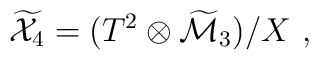
{\widetilde {\cal X}}_4=(T^2\otimes{\widetilde {\cal M}}_3)/X~,